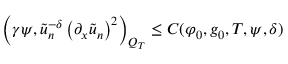
\left( \gamma \psi , \tilde { u } _ { n } ^ { - \delta } \left( \partial _ { x } \tilde { u } _ { n } \right) ^ { 2 } \right) _ { Q _ { T } } \leq C ( \varphi _ { 0 } , g _ { 0 } , T , \psi , \delta )